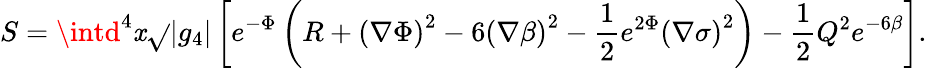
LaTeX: S=\intd^{4}\mathit{x}\sqrt{}{{|g_{4}|}}\left[e^{-\Phi}\left(R+\left(\nabla\Phi\right)^{2}-6\left(\nabla\beta\right)^{2}-\frac{{1}}{{2}}e^{2\Phi}\left(\nabla\sigma\right)^{2}\right)-\frac{{1}}{{2}}Q^{2}e^{-6\beta}\right].